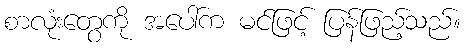
စာလုံးတွေကို အပေါ်က မင်ဖြင့် ပြန်ဖြည့်သည်။